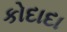
કોદાદા